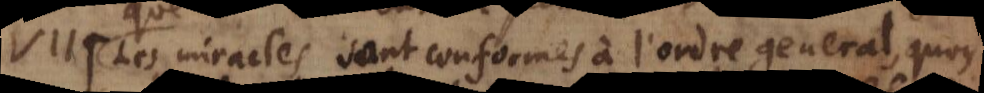
les miracles sont conformes à l’ordre general, quoy